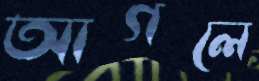
আগলে